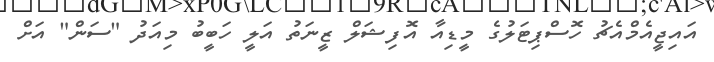
އައިޖީއެމްއެޗު ހޮސްޕިޓަލުގެ މީޑިއާ އޮފިޝަލް ޒީނަތު އަލީ ހަބީބު މިއަދު "ސަން" އަށް